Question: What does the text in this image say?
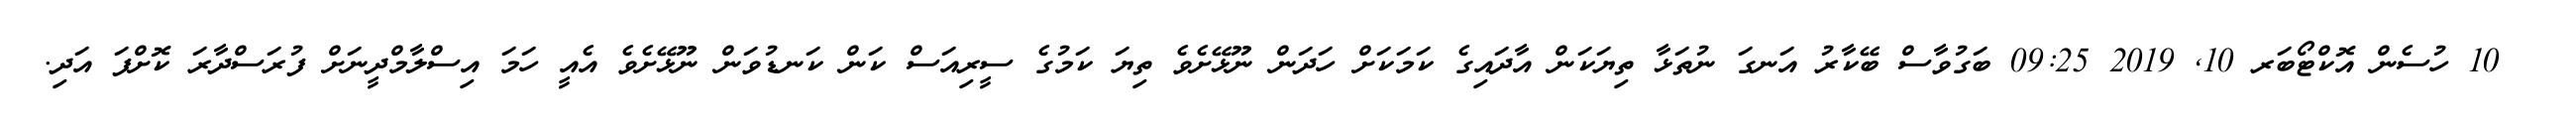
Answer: ? 10 ހުސެން އޮކްޓޯބަރ 10, 2019 09:25 ބަގުވާސް ބޭކާރު އަނގަ ނުތަޅާ ތިޔަކަން އާދައިގެ ކަމަކަށް ހަދަން ނޫޅޭށެވެ ތިޔަ ކަމުގެ ސީރިއަސް ކަން ކަނޑުވަން ނޫޅޭށެވެ އެއީ ހަމަ އިސްލާމްދީނަށް ފުރަސްދާރަ ކޮށްފަ އަދި.